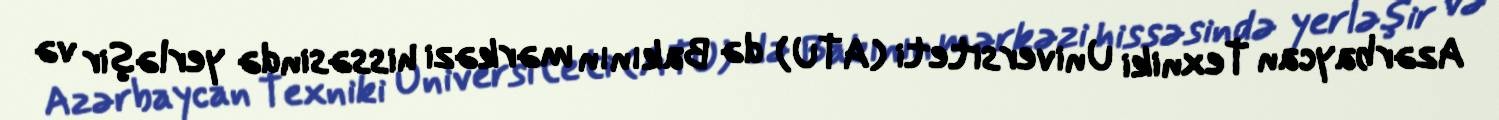
Azərbaycan Texniki Universiteti (ATU) də Bakının mərkəzi hissəsində yerləşir və